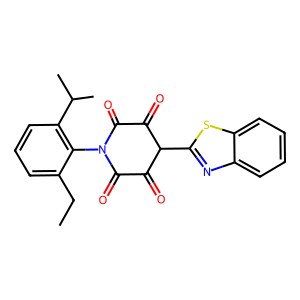
SMILES: CCc1cccc(C(C)C)c1N1C(=O)C(=O)C(c2nc3ccccc3s2)C(=O)C1=O
Inhibits HIV replication: No